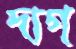
দাগ্‌